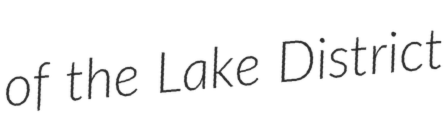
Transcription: of the Lake District